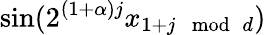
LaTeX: \sin(2^{(1+\alpha)j}x_{1+j\mod d})